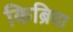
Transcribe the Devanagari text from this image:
किब्रिया